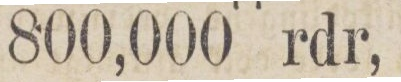
800,000 rdr,